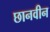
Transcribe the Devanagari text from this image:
छानवीन